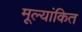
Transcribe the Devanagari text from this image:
मूल्‍यांकित